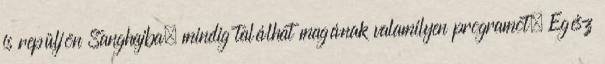
is repüljön Sanghajba, mindig találhat magának valamilyen programot. Egész